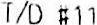
T/D #11